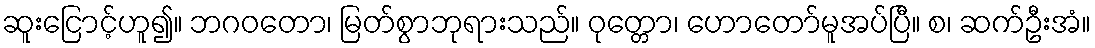
ဆူးငြောင့်ဟူ၍။ ဘဂဝတော၊ မြတ်စွာဘုရားသည်။ ဝုတ္တော၊ ဟောတော်မူအပ်ပြီ။ စ၊ ဆက်ဦးအံ။